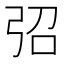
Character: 弨